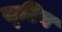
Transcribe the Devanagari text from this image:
सूडिय